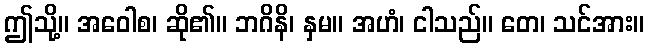
ဤသို့။ အဝေါစ၊ ဆို၏။ ဘဂိနိ၊ နှမ။ အဟံ၊ ငါသည်။ တေ၊ သင်အား။